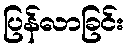
ပြန်လာခြင်း